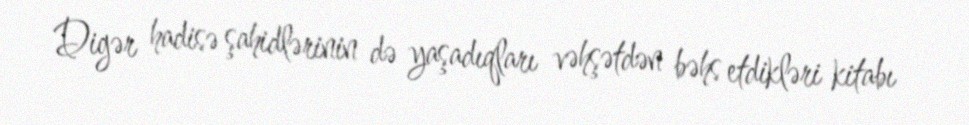
Digər hadisə şahidlərinin də yaşadıqları vəhşətdən bəhs etdikləri kitabı